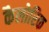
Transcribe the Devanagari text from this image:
कैलोरिक